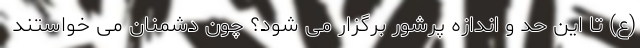
(ع) تا این حد و اندازه پرشور برگزار می شود؟ چون دشمنان می خواستند